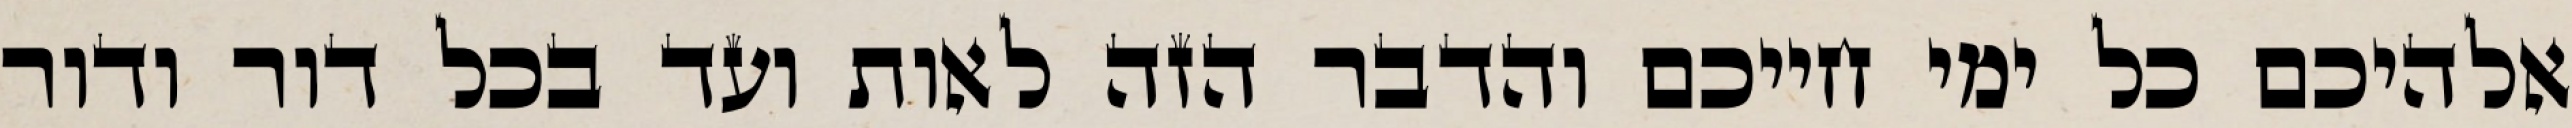
אלהיכם כל ימי חייכם והדבר הזה לאות ועד בכל דור ודור